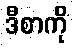
ဒီစာကို